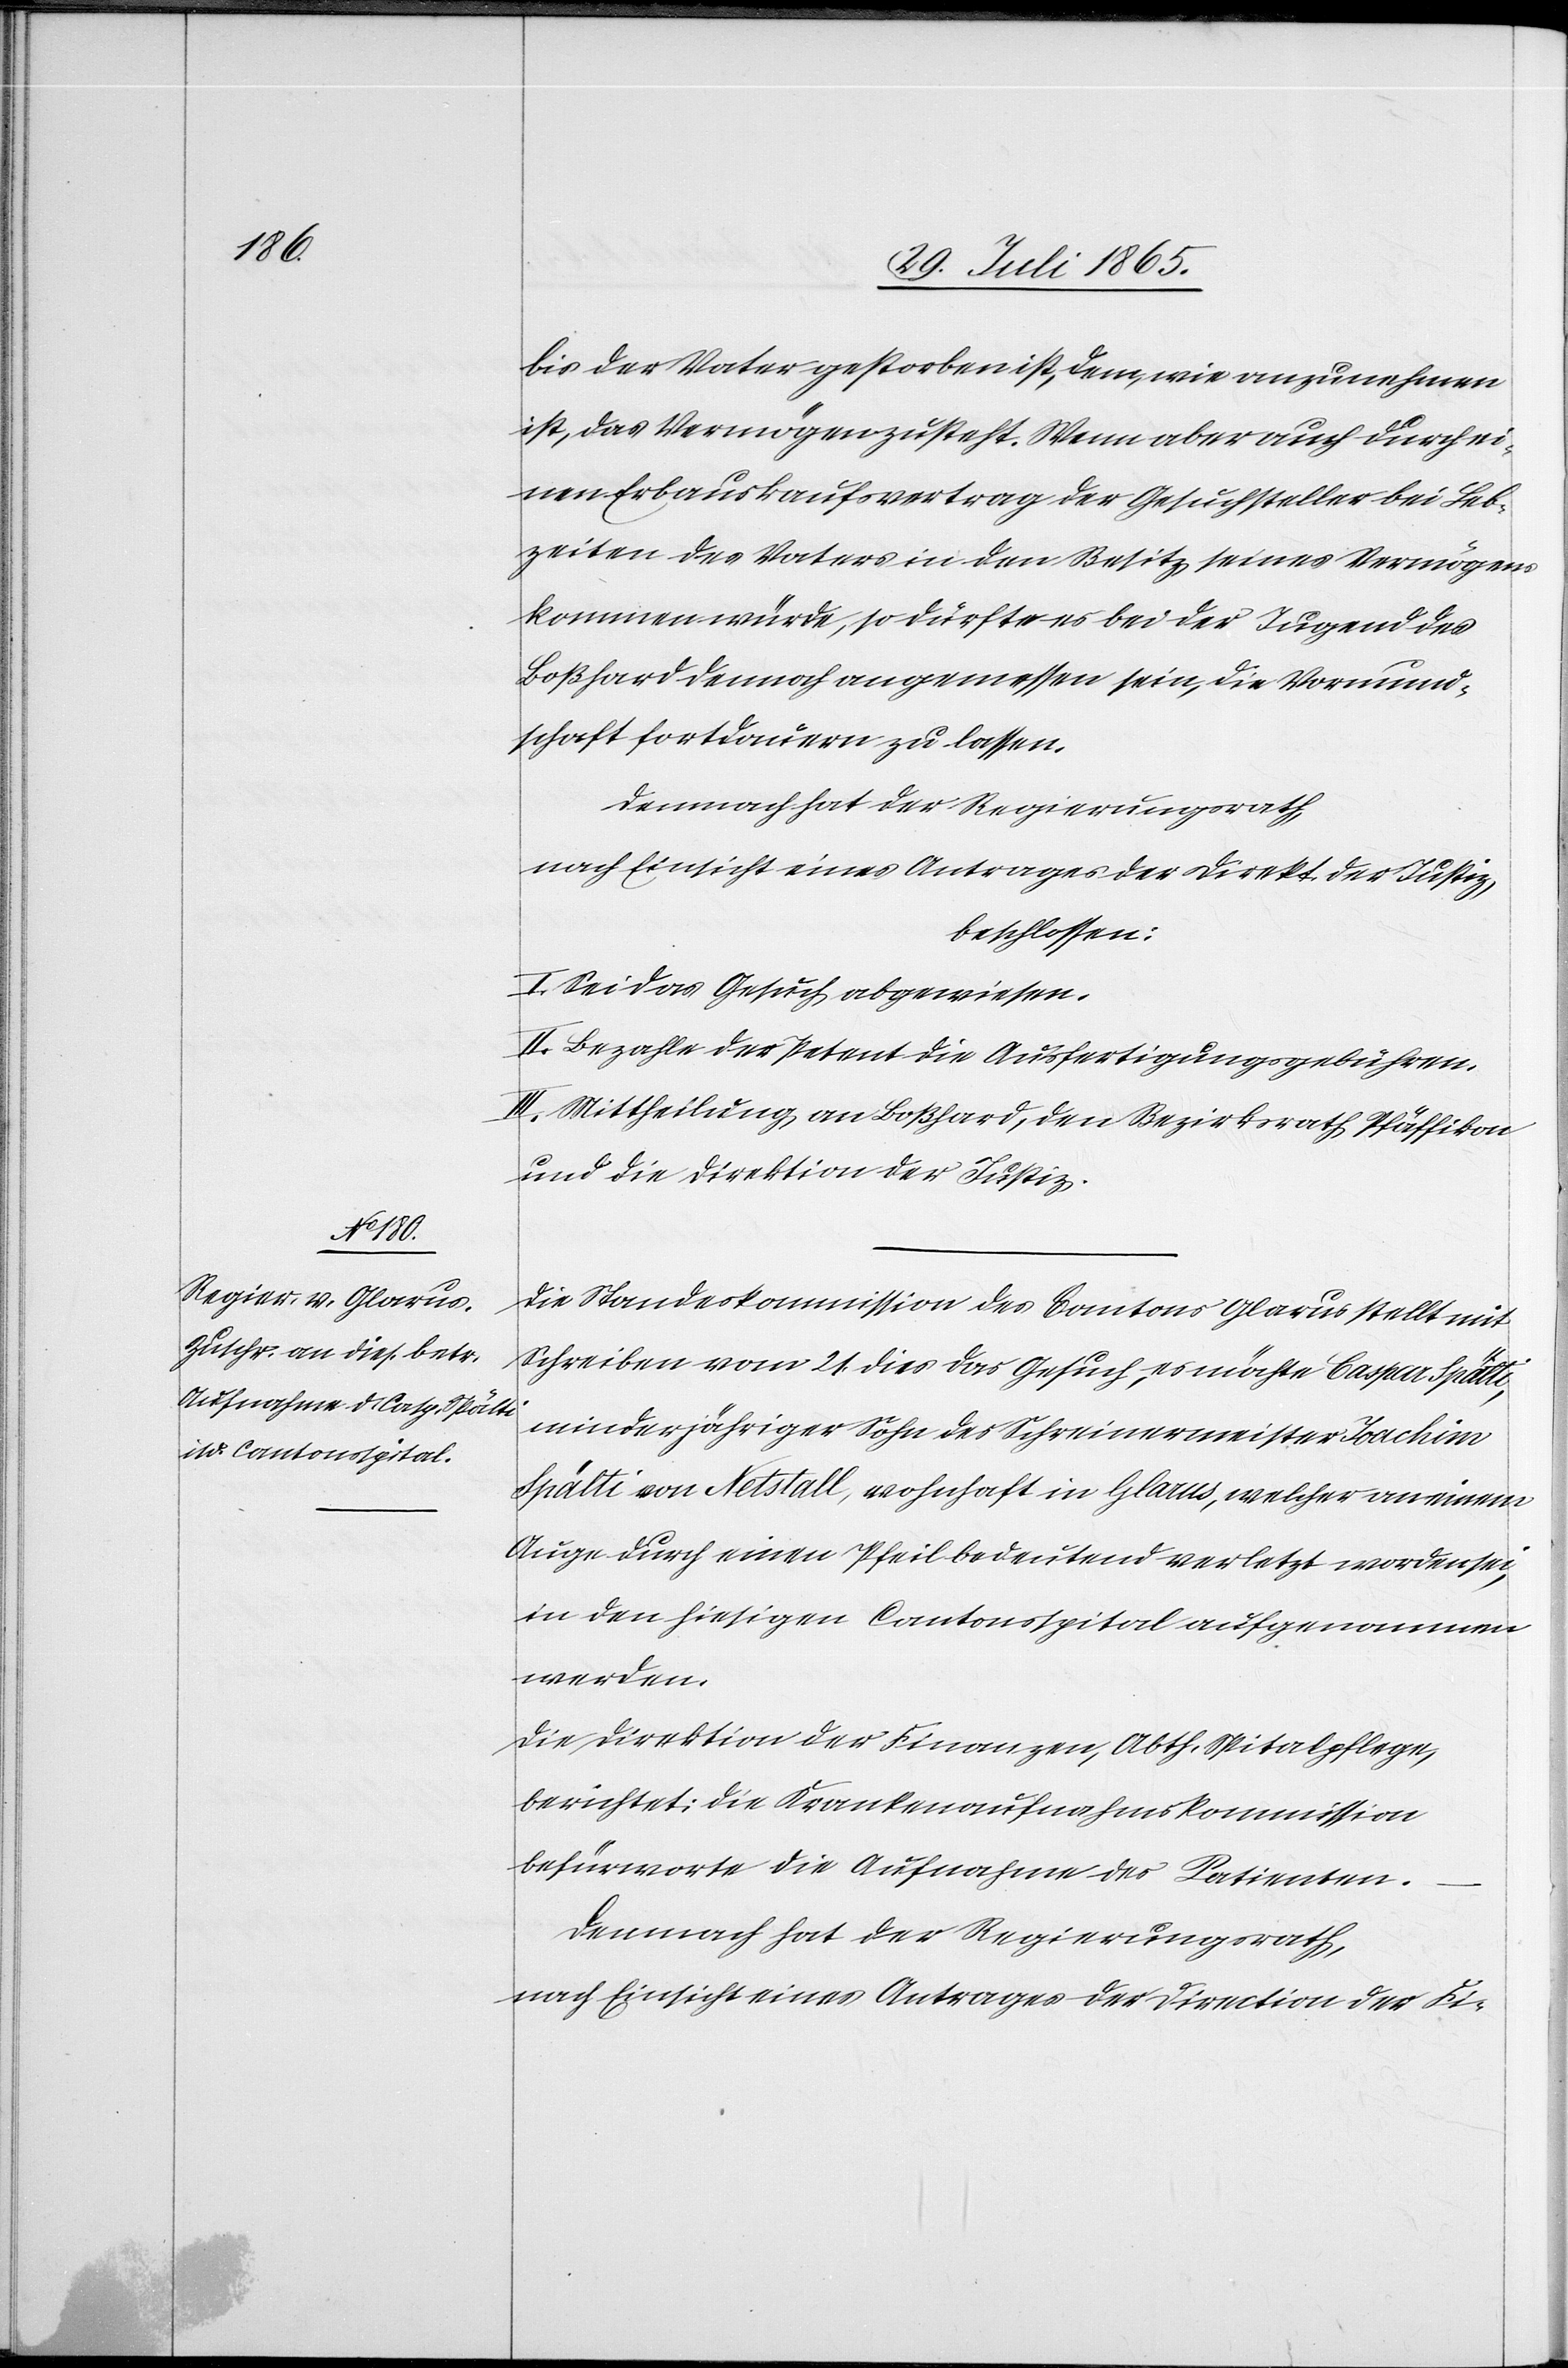
bis der Vater gestorben ist, dem, wie anzunehmen
ist, das Vermögen zusteht. Wenn aber auch durch ei¬
nen Erbauskaufsvertrag der Gesuchstellter bei Leb¬
zeiten des Vaters in den Besitz seines Vermögens
kommen würde, so dürfte es bei der Jugend des
Boßhard dennoch angemessen sein, die Vormund¬
schaft fortdauern zu lassen.
Demnach hat der Regierungsrath,
nach Einsicht eines Antrages der Direkt. der Justiz,
beschlossen:
I. Sei das Gesuch abgewiesen.
II. Bezahle der Petent die Ausfertigungsgebühren.
III. Mittheilung an Boßhard, den Bezirksrath Pfäffikon
und die Direktion der Justiz.
Die Standeskommission des Cantons Glarus stellt mit
Schreiben vom 21. dies das Gesuch, es möchte Caspar Spälti,
minderjähriger Sohn des Schreinermeister Joachim
Spälti von Netsthall, wohnhaft in Glarus, welcher an einem
Auge durch einen Pfeil bedeutend verletzt worden sei,
in den hiesigen Cantonsspital aufgenommen
werden.
Die Direktion der Finanzen, Abth. Spitalpflege,
berichtet: Die Krankenaufnahmskommission
befürworte die Aufnahme des Patienten.
nach Einsicht eines Antrages der Direction der Fi-